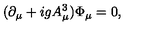
( \partial _ { \mu } + i g A _ { \mu } ^ { 3 } ) \Phi _ { \mu } = 0 ,